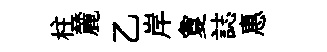
柱麓乙岸夐誌惠